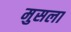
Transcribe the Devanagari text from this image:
मुसला